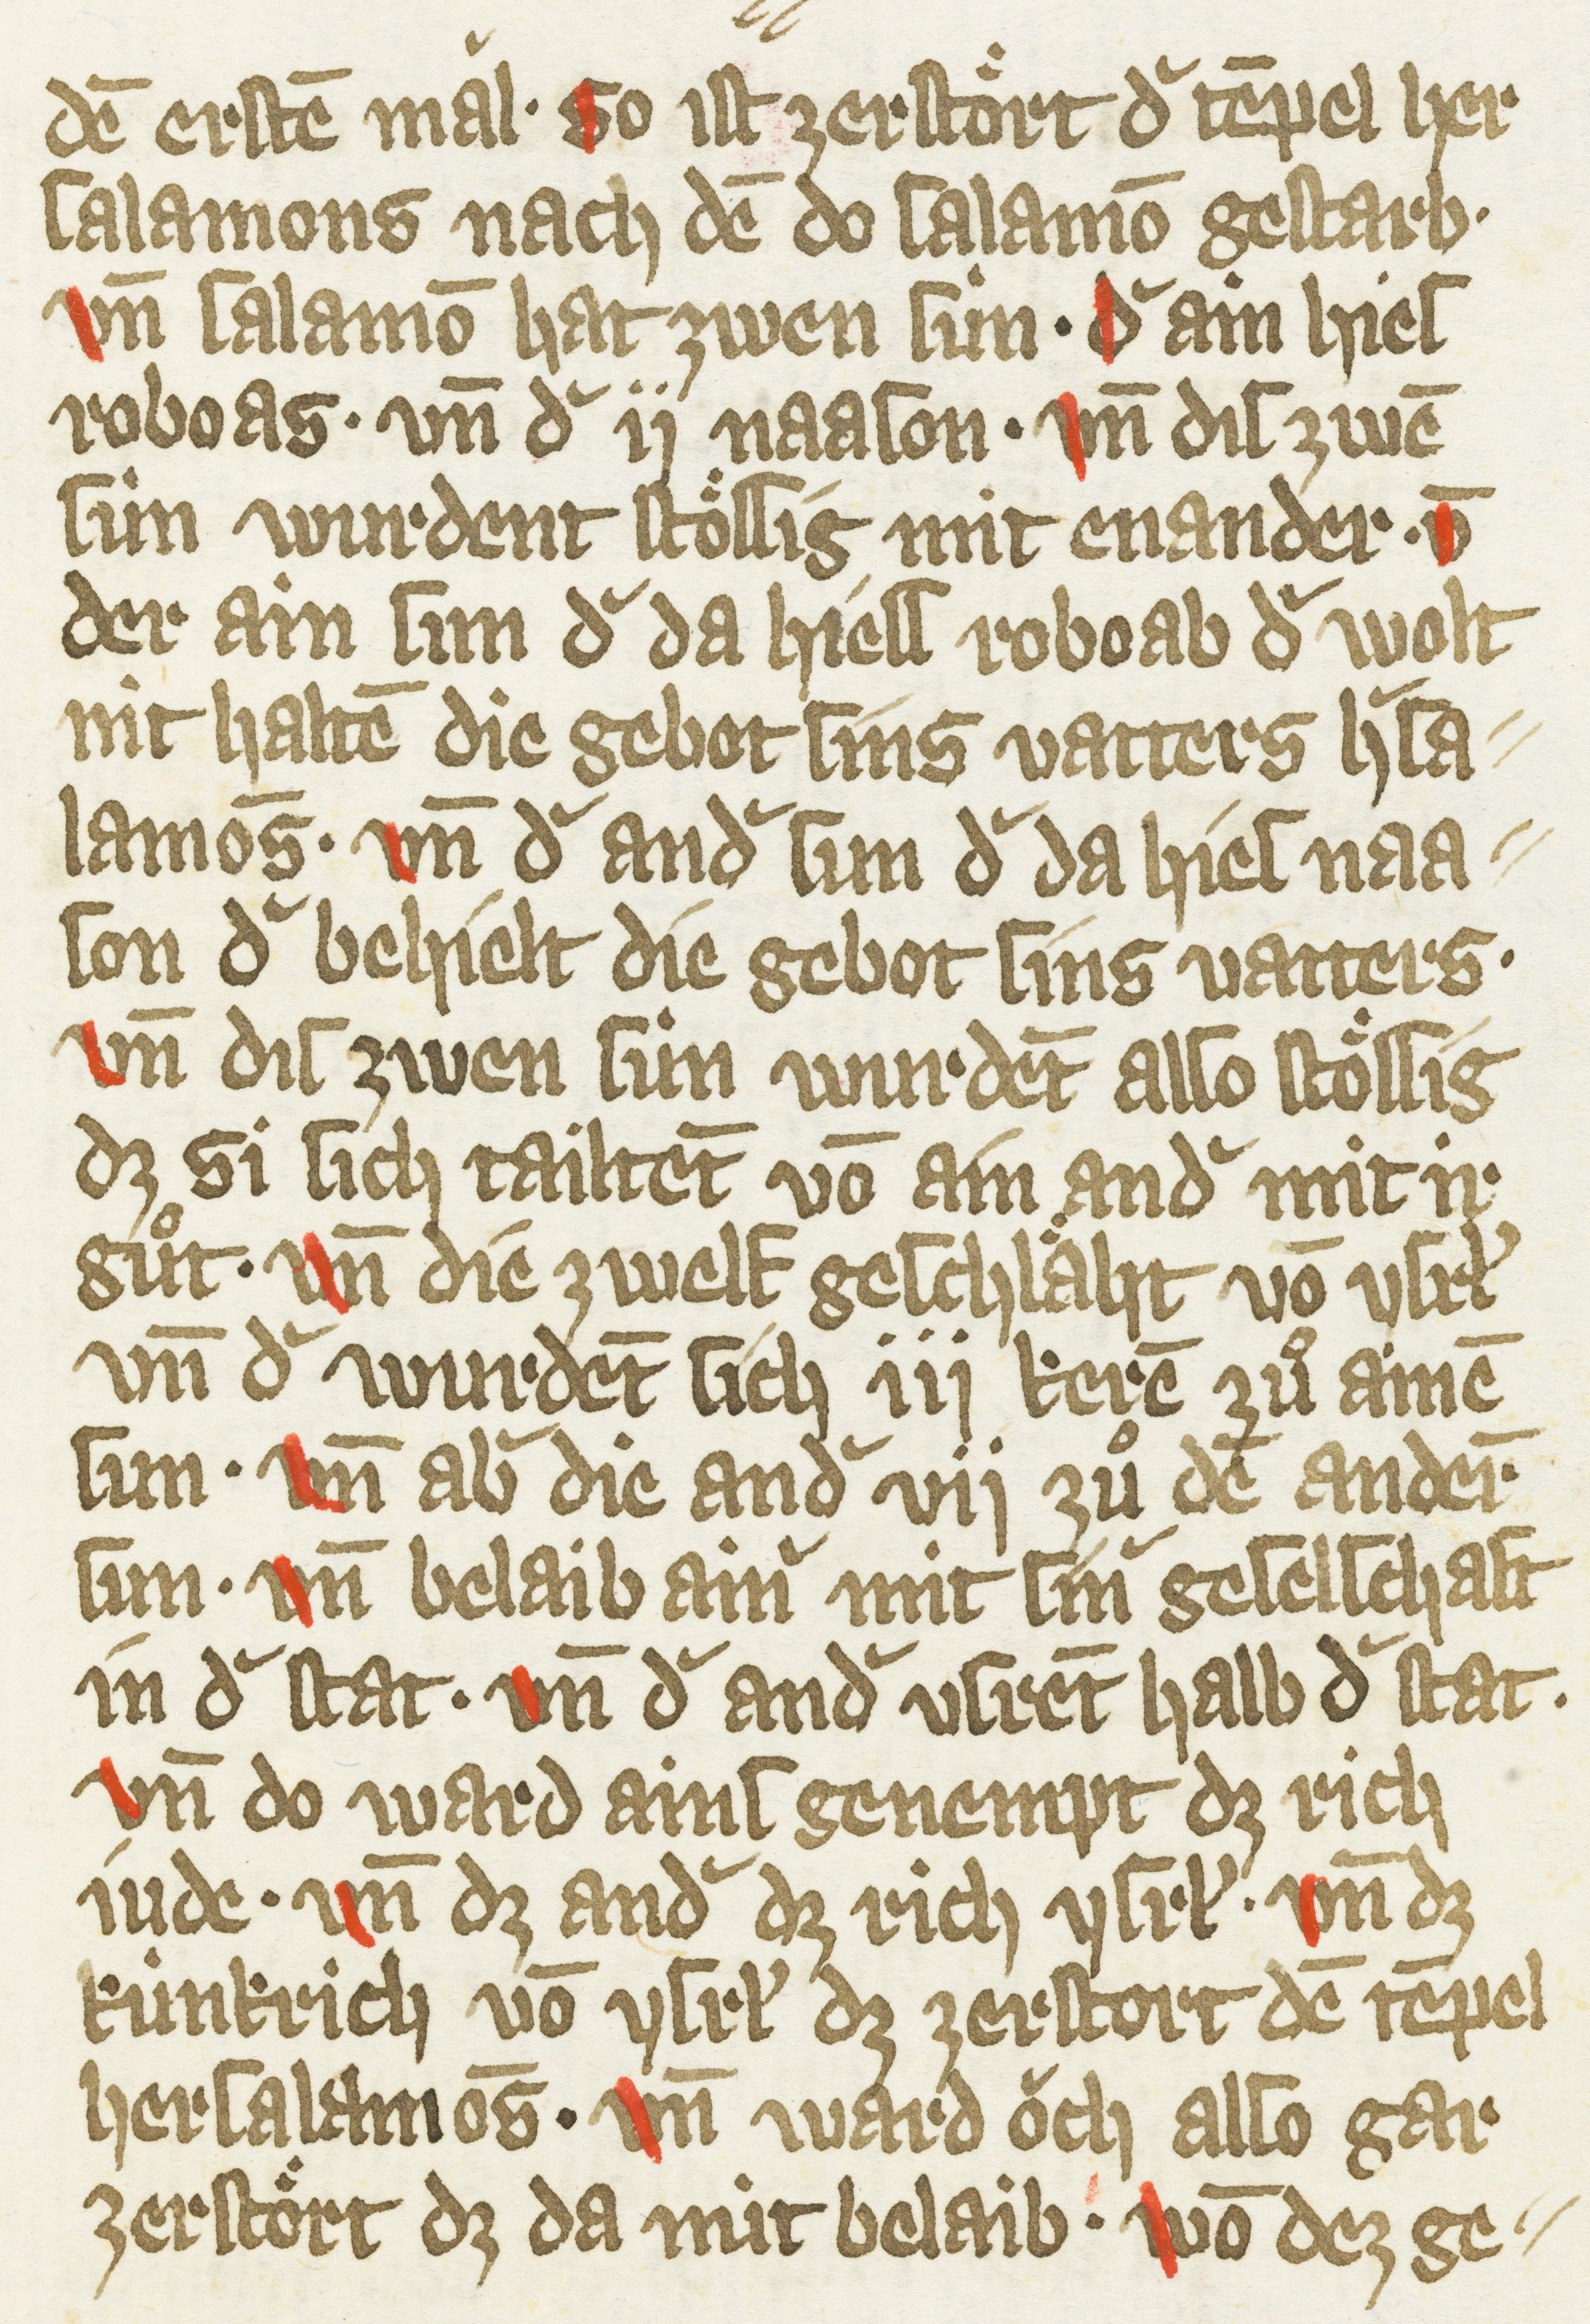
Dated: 1385–1415